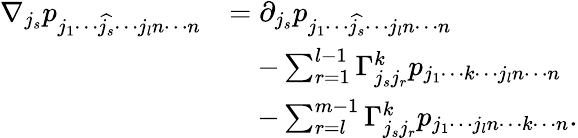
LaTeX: \begin{array}{rl}{\nabla_{j_{s}}p_{j_{1}\cdots\widehat{j_{s}}\cdots j_{l}n\cdots n}}&{=\partial_{j_{s}}p_{j_{1}\cdots\widehat{j_{s}}\cdots j_{l}n\cdots n}}\\ &{\quad-\sum_{r=1}^{l-1}\Gamma_{j_{s}j_{r}}^{k}p_{j_{1}\cdots k\cdots j_{l}n\cdots n}}\\ &{\quad-\sum_{r=l}^{m-1}\Gamma_{j_{s}j_{r}}^{k}p_{j_{1}\cdots j_{l}n\cdots k\cdots n}.}\end{array}